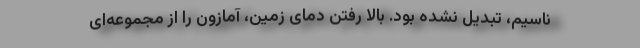
ناسیم، تبدیل نشده بود. بالا رفتن دمای زمین، آمازون را از مجموعه‌ای